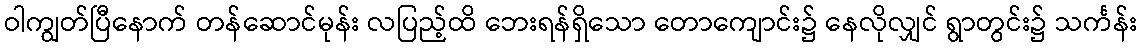
ဝါကျွတ်ပြီနောက် တန်ဆောင်မုန်း လပြည့်ထိ ဘေးရန်ရှိသော တောကျောင်း၌ နေလိုလျှင် ရွာတွင်း၌ သင်္ကန်း